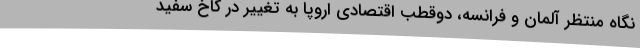
نگاه منتظر آلمان و فرانسه، دوقطب اقتصادی اروپا به تغییر در کاخ سفید